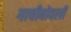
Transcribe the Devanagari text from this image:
गाचीबोवली